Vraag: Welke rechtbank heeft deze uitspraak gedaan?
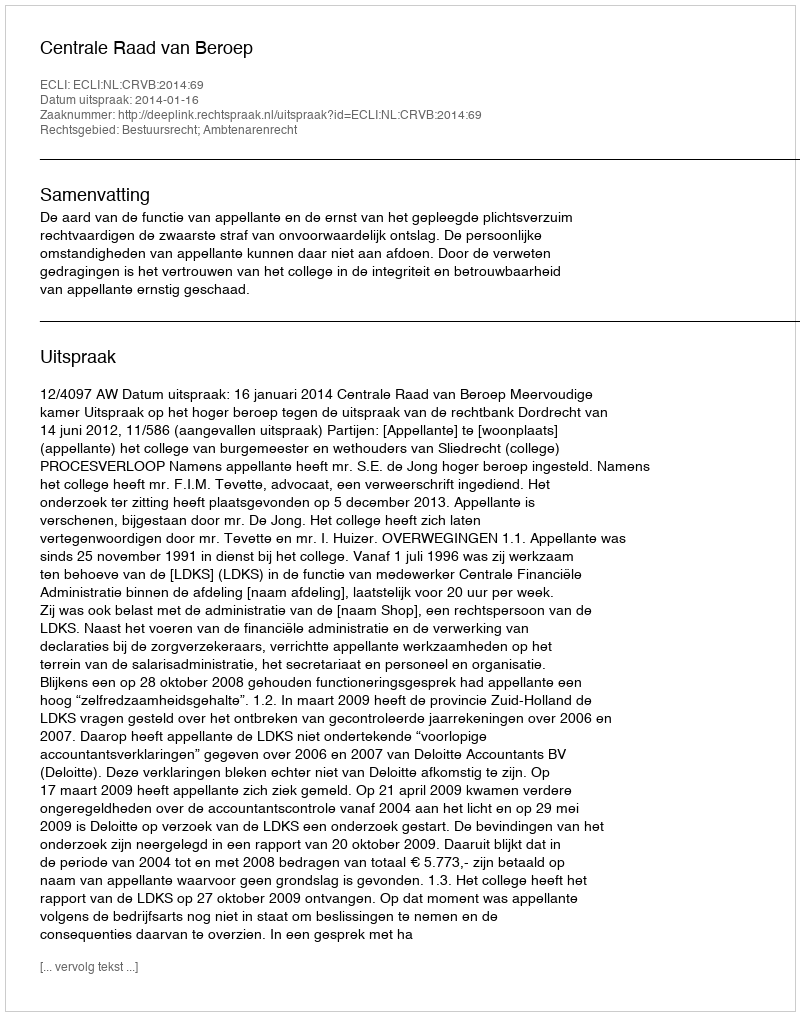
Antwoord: Centrale Raad van Beroep